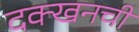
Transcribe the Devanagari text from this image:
दक्खनची